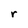
Character: r